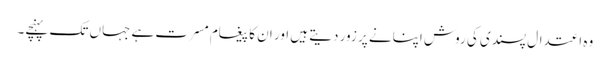
وہ اعتدال پسندی کی روش اپنانے پر زور دیتے ہیں اور ان کا پیغام مسرت ہے جہاں تک پہنچے۔